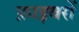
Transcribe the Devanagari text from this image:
फ़ाइबरों